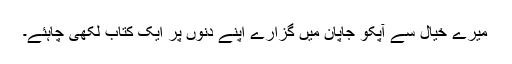
میرے خیال سے آپکو جاپان میں گزارے اپنے دنوں پر ایک کتاب لکھی چاہئے۔